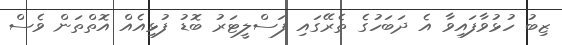
ޒިބު ހުޅުވާފައިވާ އެ ދަބަހުގެ ތެރޭގައި ފަސްލީޓަރު ބޮޑު ފުޅިއެއް އޮތްތަން ވެސް